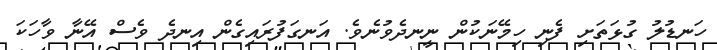
ހަނޑުލު ގުޅަތަށި ފެނި ހިމޭނަކުން ނީނދެވުނެވެ. އަނގަފުރައިގެން އިނދެ ވެސް އޭނާ ވާހަކަ